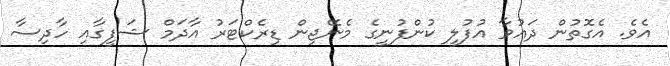
އެވެ. އެގޮތުން ދައުވާ އުފުލީ ކުންފުނީގެ މެނޭޖިން ޑިރެކްޓަރު އާދަމް ޝަފީގާއި ހާދިސާ